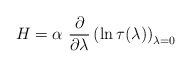
\begin{align*}H=\alpha \ \frac{\partial }{\partial \lambda }\left( \ln \tau (\lambda)\right) _{\lambda =0} \end{align*}